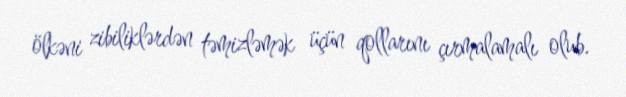
ölkəni zibiliklərdən təmizləmək üçün qollarını çırmalamalı olub.